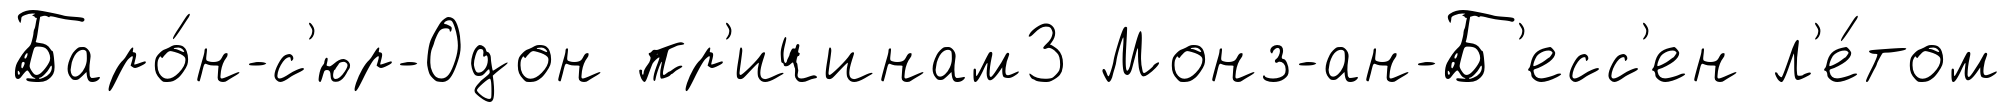
Баро́н-с'юр-Одон пр'ичинам3 Монз-ан-Б'есс'ен л'е́том